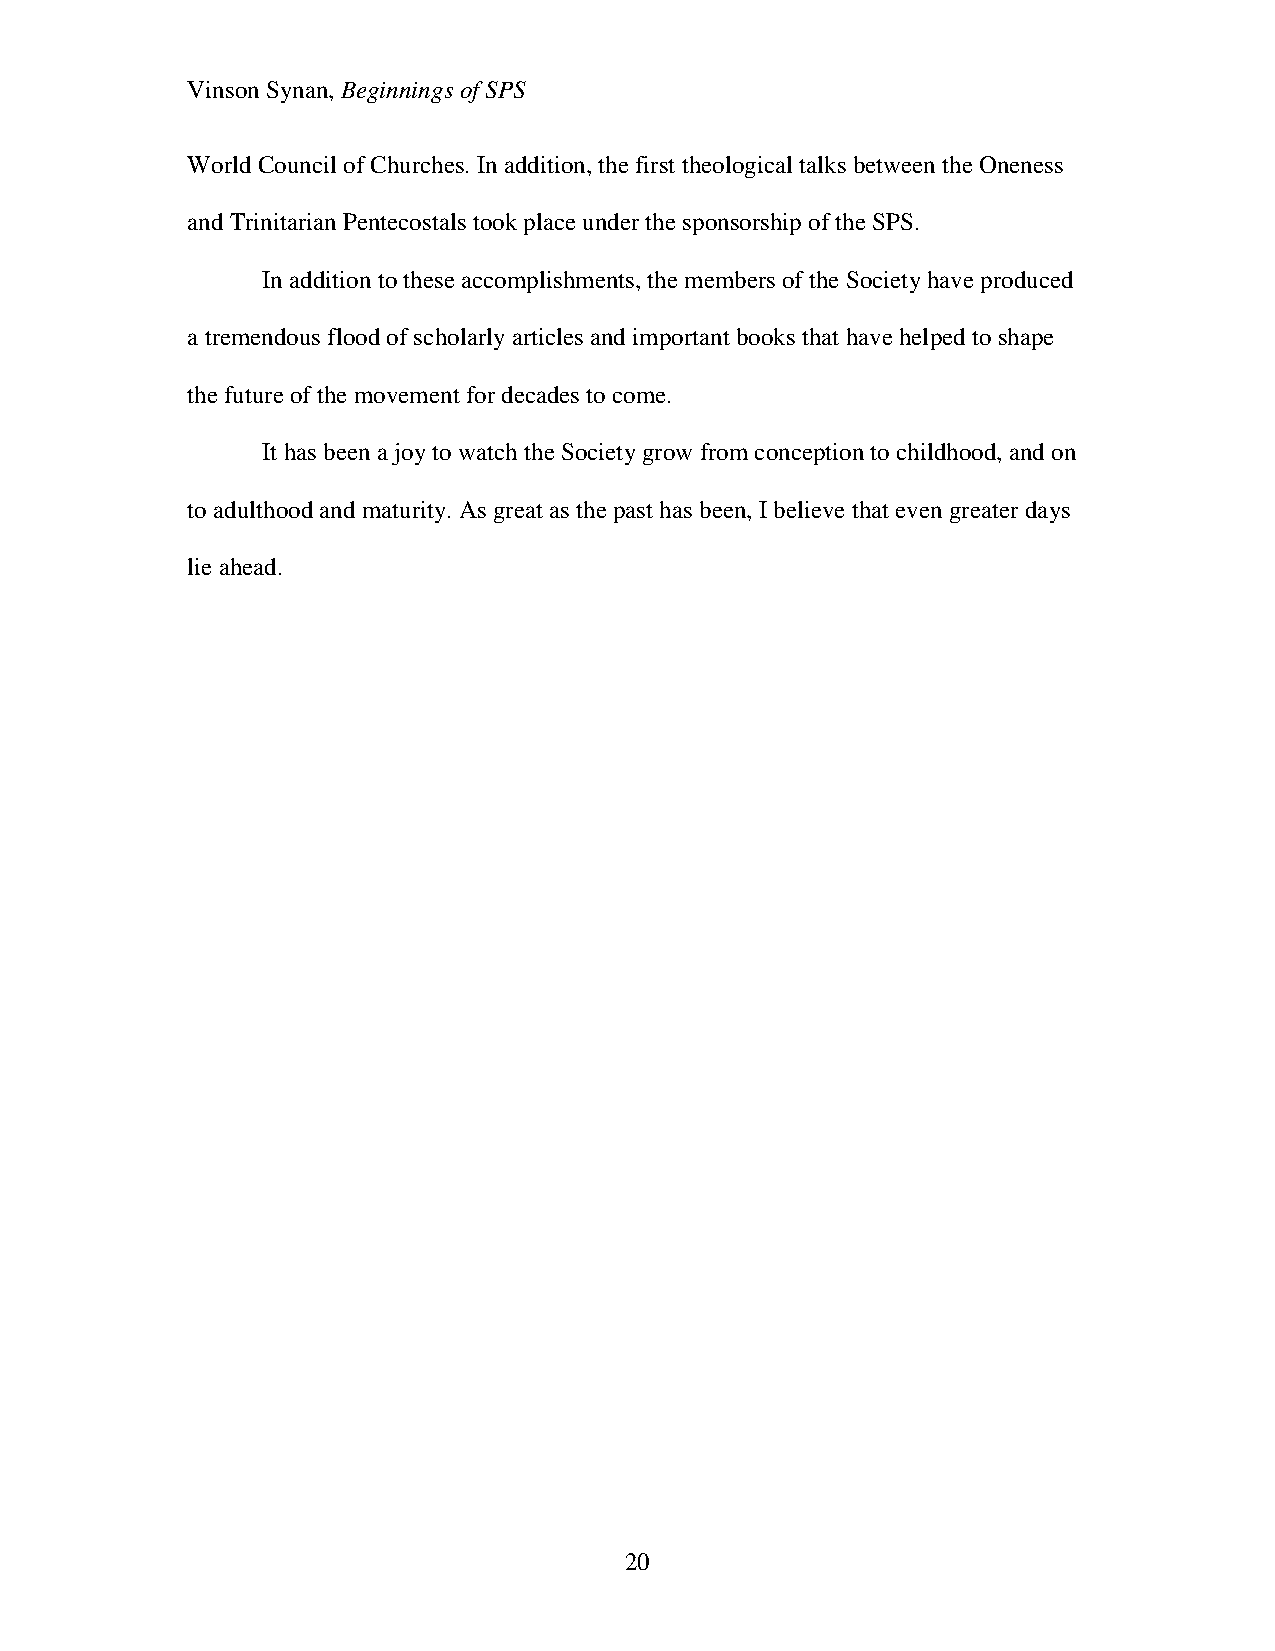
Vinson Synan, Beginnings of SPS
 World Council of Churches. In addition, the first theological talks between the Oneness
 and Trinitarian Pentecostals took place under the sponsorship of the SPS.
 In addition to these accomplishments, the members of the Society have produced
 a tremendous flood of scholarly articles and important books that have helped to shape
 the future of the movement for decades to come.
 It has been a joy to watch the Society grow from conception to childhood, and on
 to adulthood and maturity. As great as the past has been, I believe that even greater days
 lie ahead.
 20